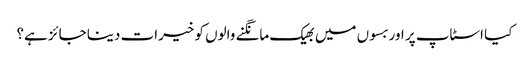
کیا اسٹاپ پر اور بسوں میں بھیک مانگنے والوں کو خیرات دینا جائز ہے؟